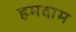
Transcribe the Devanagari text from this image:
हमदाम